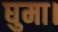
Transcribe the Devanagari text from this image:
घुमा।